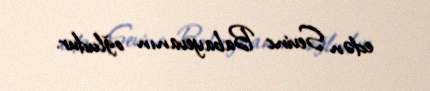
edən Sevinc Babayevanın oğludur.